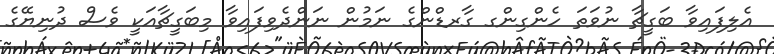
އެލިފައިވާ ބަގީޗާ ނުވަތަ ހެންގިންގ ގާރޑްންގެ ނަމުން ނަންދެވިފައިވާ މިބަގީޗާއަކީ ވެސް ދުނިޔޭގެ